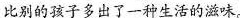
\underline{比别的孩子多出了一种生活的滋味。